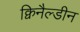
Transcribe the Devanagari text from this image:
क्विनैल्डीन